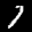
Label: 7